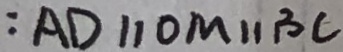
: A D / / O M / / B C